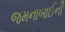
જમનાબાઈની